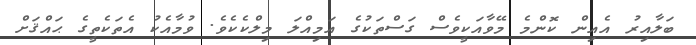
ބަލާއިރު އެއިން ކޮންމެ މޭވާއަކީވެސް ގަސްތަކުގެ އަމިއްލަ މިލްކެކެވެ. ވުމާއެކު އެތަކެތީގެ ޙައްޤަށް